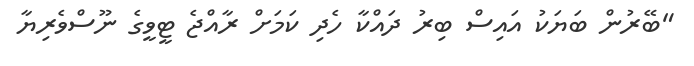
"ބޭރުން ބަޔަކު އައިސް ބިރު ދައްކާ ހެދި ކަމަށް ރާއްޖެ ޓީވީގެ ނޫސްވެރިޔާ